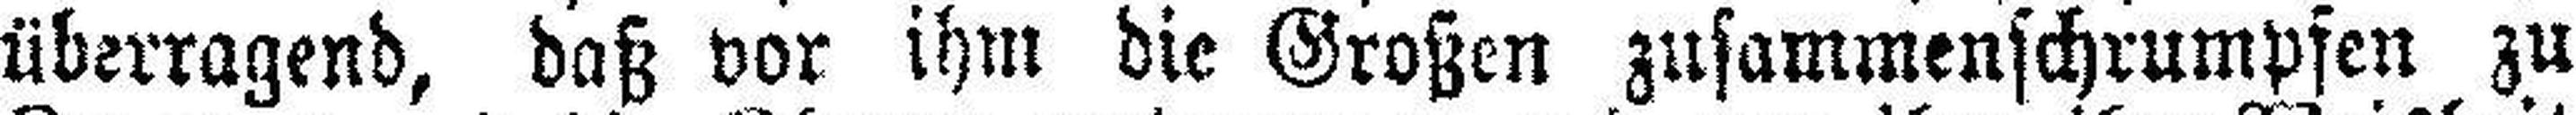
überragend, daß vor ihm die Großen zusammenschrumpfen zu